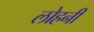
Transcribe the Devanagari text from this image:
लोहनी